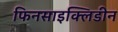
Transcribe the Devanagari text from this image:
फिनसाइक्लिडीन